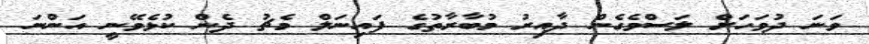
ވަނަ ދުވަހަށް ލަސްވެގެން ދާއިރު މުބާރާތުގެ ފައިނަލް މެޗު ދެން ކުޅެވޭނީ އަންނަ